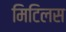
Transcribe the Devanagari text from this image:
मिटिलस